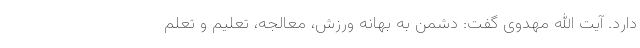
دارد. آیت الله مهدوی گفت: دشمن به بهانه ورزش، معالجه، تعلیم و تعلم